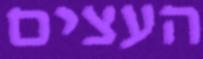
העצים